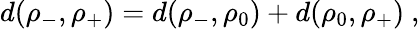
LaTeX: d(\rho_{-},\rho_{+})=d(\rho_{-},\rho_{0})+d(\rho_{0},\rho_{+})\ ,